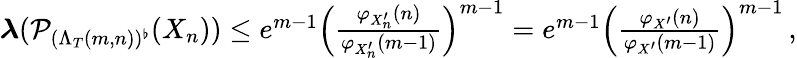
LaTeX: \begin{array}{r}{\boldsymbol{\lambda}(\mathcal{P}_{(\Lambda_{T}(m,n))^{\flat}}(X_{n}))\leq e^{m-1}\Big(\frac{\varphi_{X_{n}^{\prime}}(n)}{\varphi_{X_{n}^{\prime}}(m-1)}\Big)^{m-1}=e^{m-1}\Big(\frac{\varphi_{X^{\prime}}(n)}{\varphi_{X^{\prime}}(m-1)}\Big)^{m-1}\, ,}\end{array}